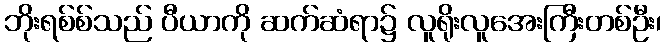
ဘိုးရစ်စ်သည် ပီယာကို ဆက်ဆံရာ၌ လူရိုးလူအေးကြီးတစ်ဦး၊